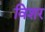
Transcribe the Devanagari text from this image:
विशर